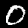
Label: 0